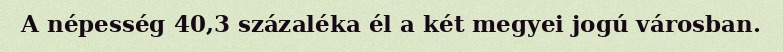
A népesség 40,3 százaléka él a két megyei jogú városban.